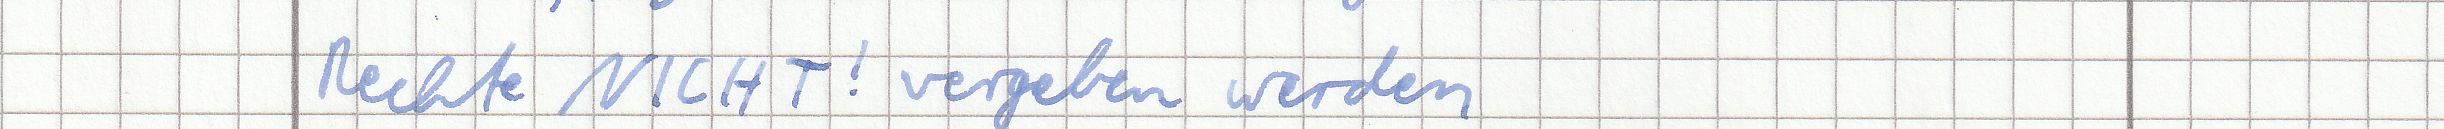
Rechte NICHT! vergeben werden